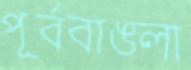
পূর্ববাঙলা